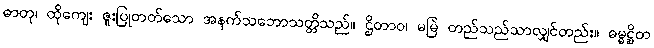
ဓာတု၊ ထိုကျေး ဇူးပြုတတ်သော အနက်သဘောသတ္တိသည်။ ဌိတာဝ၊ မမြဲ တည်သည်သာလျှင်တည်း။ ဓမ္မဋ္ဌိတ